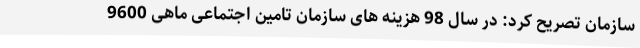
سازمان تصریح کرد: در سال 98 هزینه های سازمان تامین اجتماعی ماهی 9600